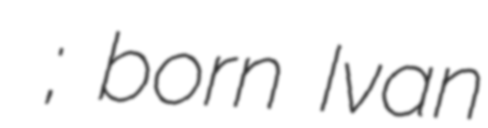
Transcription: Патриарх Сергий; born Ivan